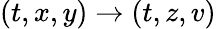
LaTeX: (t,x,y)\to(t,z,v)